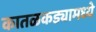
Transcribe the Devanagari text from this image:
कातळकड्यामध्ये